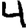
Digit: 4